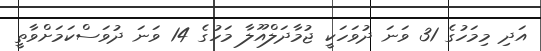
އަދި މިމަހުގެ 31 ވަނަ ދުވަހަކީ ޖުމާދަލްއޫލާ މަހުގެ 14 ވަނަ ދުވަސްކަމަށްވާތީ